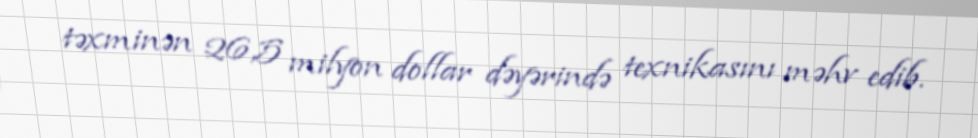
təxminən 26,5 milyon dollar dəyərində texnikasını məhv edib.